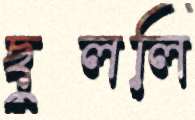
ছুললি